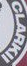
CLARKII